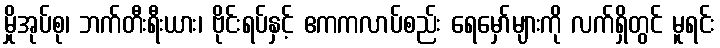
မှိုအုပ်စု၊ ဘက်တီးရီးယား၊ ဗိုင်းရပ်နှင့် ဧကကလာပ်စည်း ရေမှော်များကို လက်ရှိတွင် မူရင်း